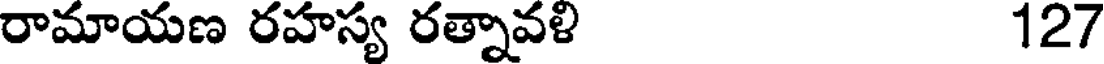
రామాయణ రహస్య రత్నావళి 127